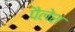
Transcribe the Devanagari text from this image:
पैलेश